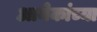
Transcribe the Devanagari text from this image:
आनेकांच्या